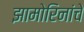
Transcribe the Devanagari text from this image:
झामोरिनांचे